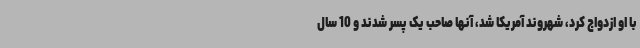
با او ازدواج کرد، شهروند آمریکا شد، آنها صاحب یک پسر شدند و 10 سال